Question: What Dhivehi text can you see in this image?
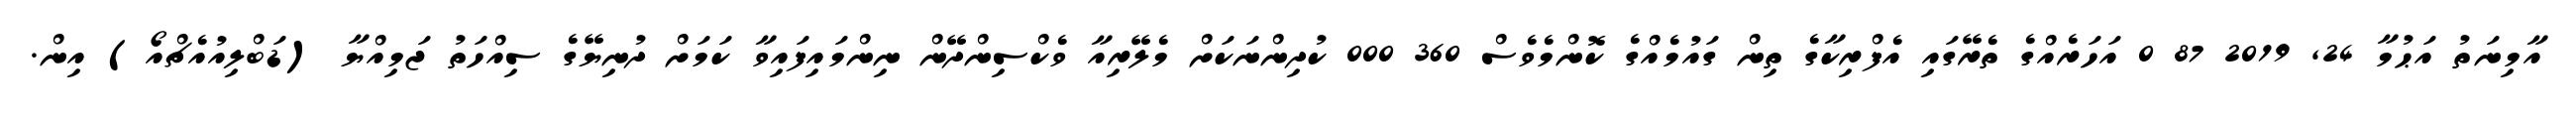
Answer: އާމިނަތު އަޙުމާ 24, 2019 87 0 އަހަރެއްގެ ތެރޭގައި އެފްރިކާގެ ތިން ގައުމެއްގެ ކޮންމެވެސް 360 000 ކުދިންނަކަށް މެލޭރިއާ ވެކްސިންދޭން ނިންމައިފައިވާ ކަމަށް ދުނިޔޭގެ ސިއްހަތު ޖަމިއްޔާ (ޑަބްލިއުއެޗްއޯ) އިން.